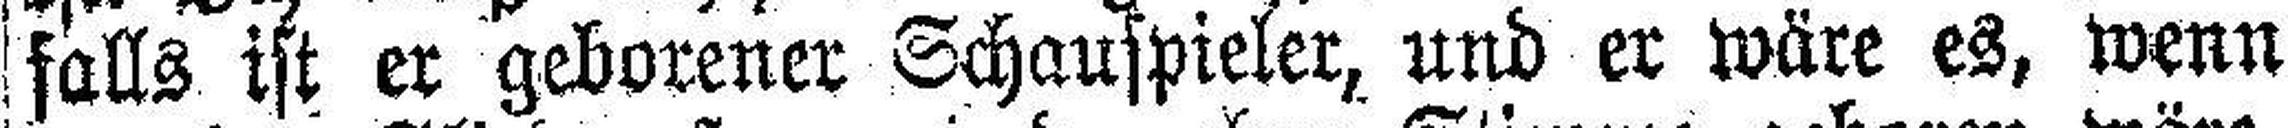
falls ist er geborener Schauspieler, und er wäre es, wenn